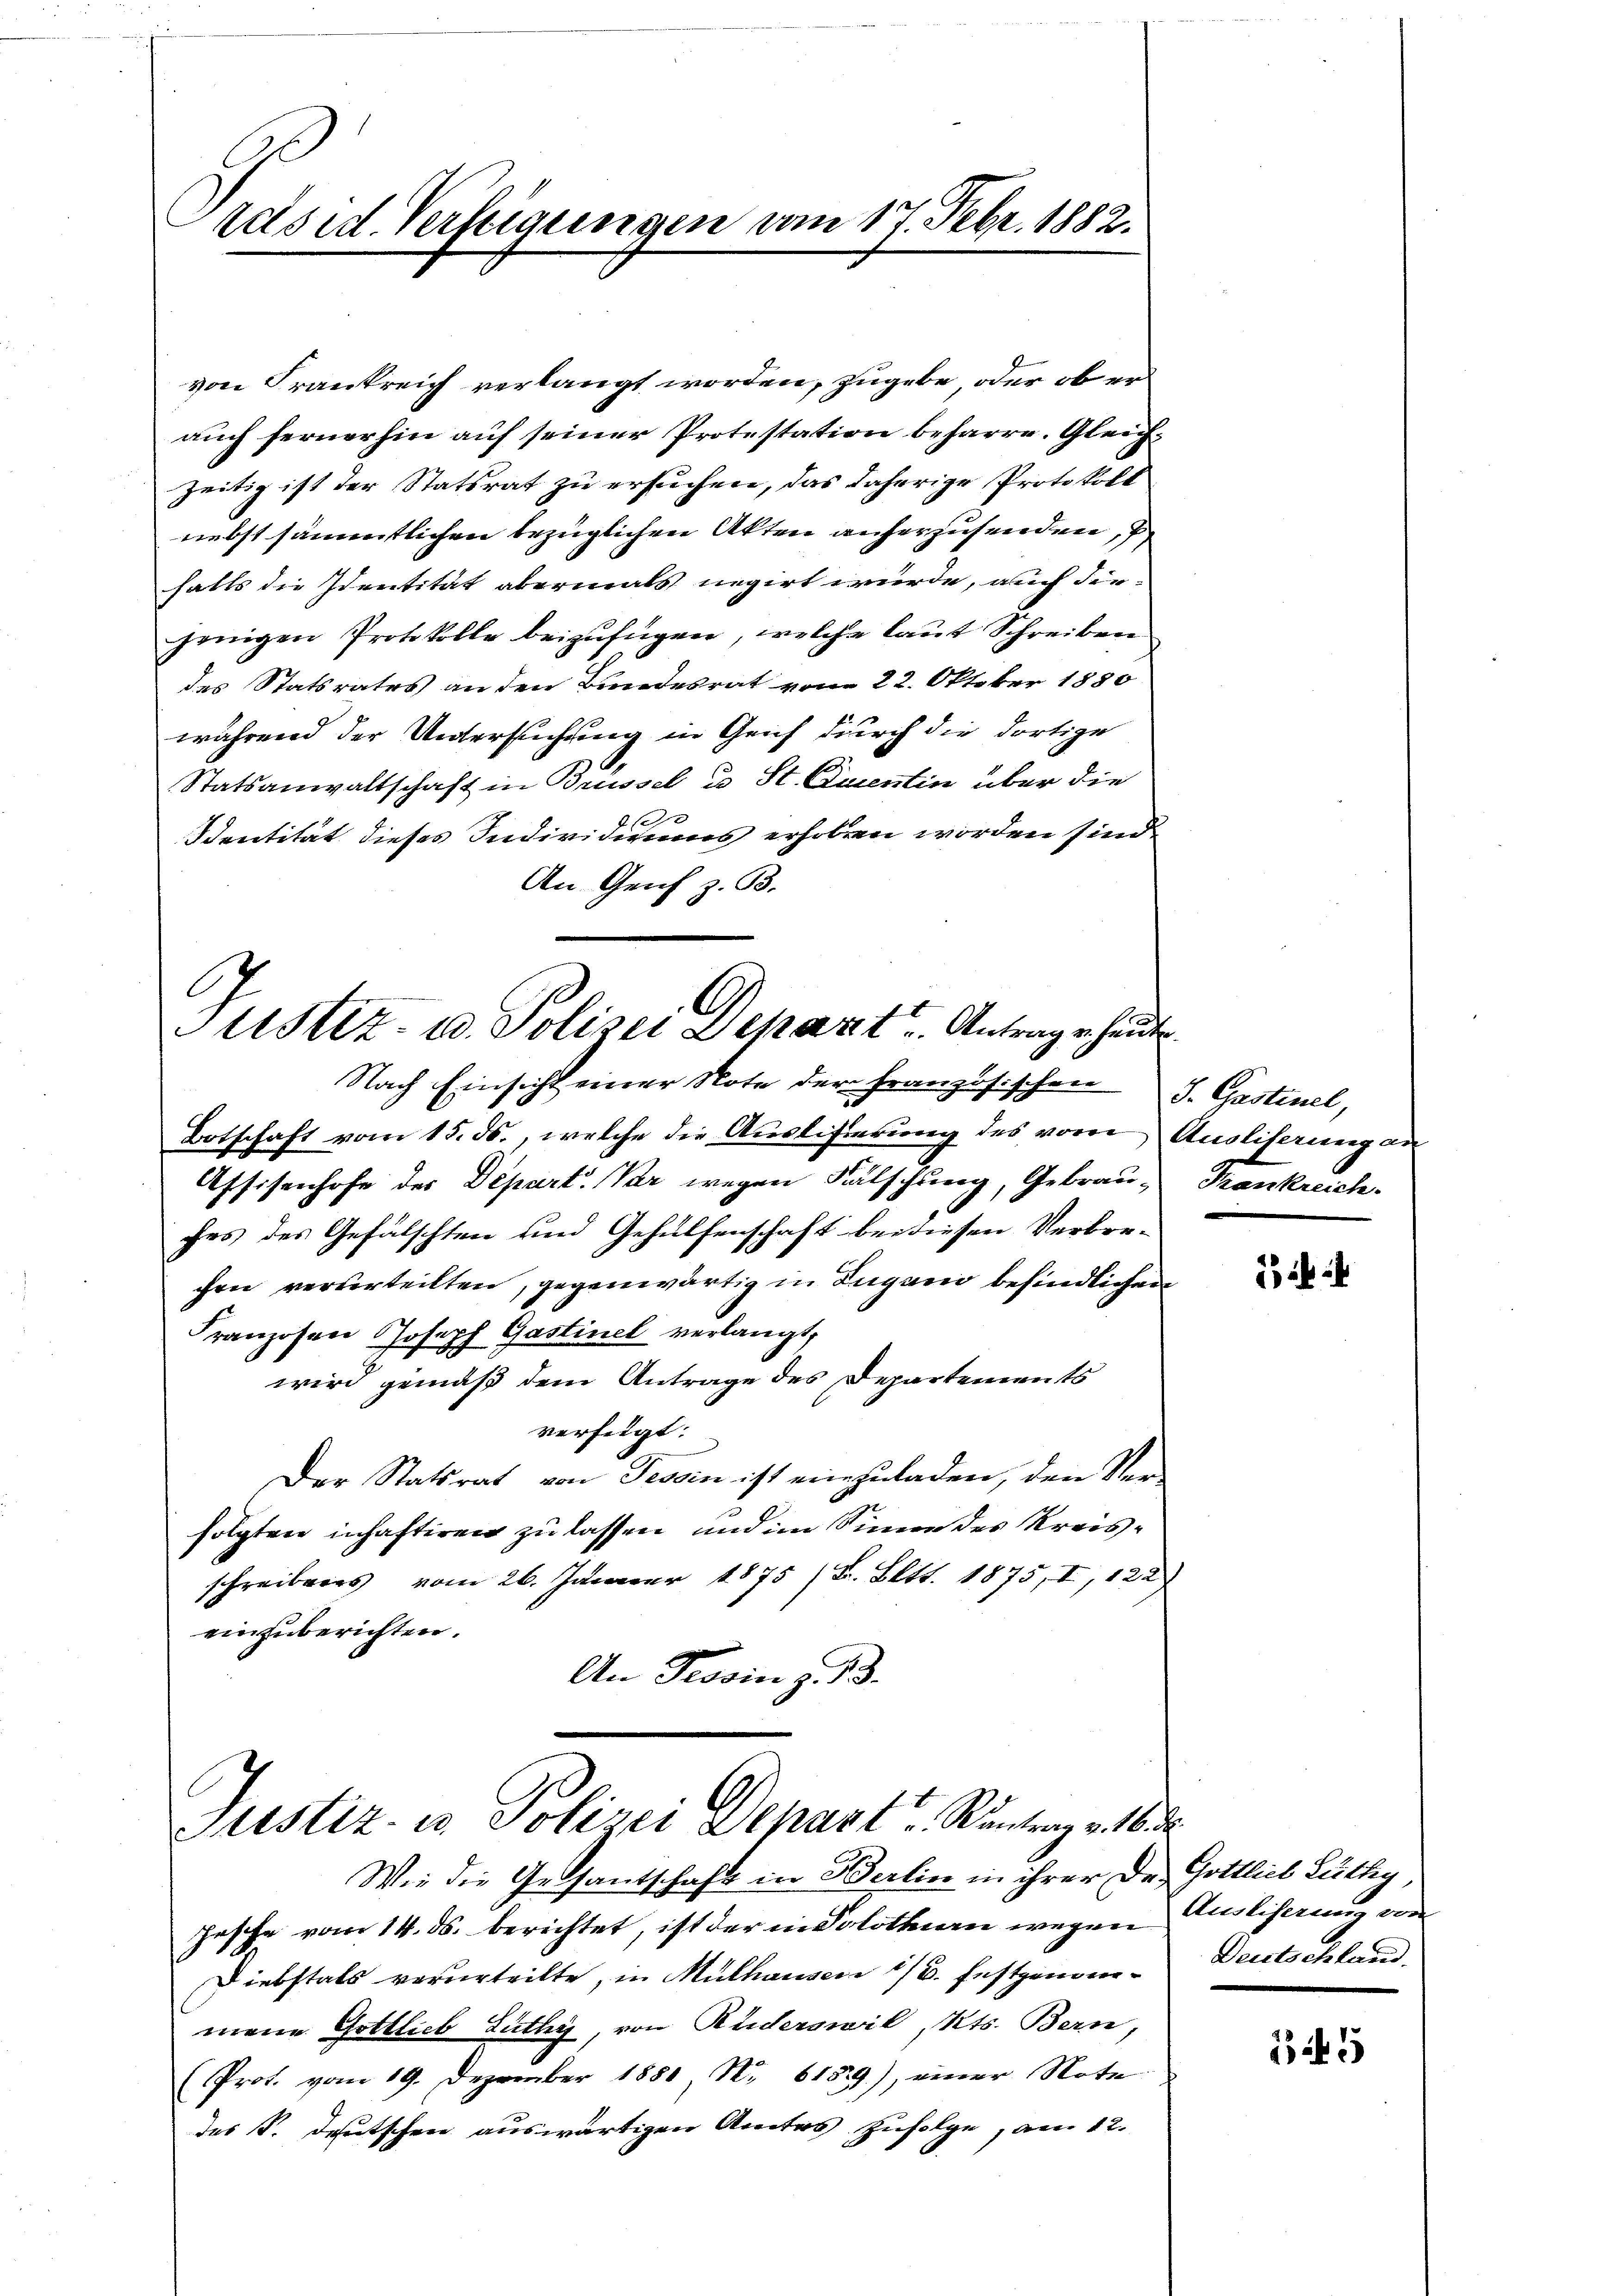
räsid. Verfeigungen am 17. Febr. 1882.

von Frankreich verlangt worden, zugebe, oder ob erauch fernerhin auf seiner Protestation beharre. Gleichzeitig ist der Statsrat zu ersuchen, das daherige Protokoll
nebst sämmtlichen bezüglichen Akten anherzusenden,
hatts die Identität abermals negirt wurde, auch die-
jenigen Protokolle beizufügen, welche laut Schreiben
des Statsrates an den Bundesrat vom 22. Oktober 1880
während der Untersuchung in Genf durch die dortige
Statsanwaltschaft in Brüssel u St. Quentin über die
2 00
Sentität dieses Individiums erhoben worden sind.
An Genf z. B.

Justiz- u. Polizei Depart Antrage hande
Nach Einsicht einer Note der französischen S. Gastinel,

Botschaft vom 15. ds., welche die Auslisierung des vor Ausliterung an
Assesenhofe des Depart. Par wegen Fälschung, Gebrau, Frankreich-
fes des Gefälschten und Gehülfenschaft bei diesen Verbre-
chen verterteilten, gegenwärtig in Lugano befindlichen
Franzosen Joseph Gastinet verlangt,
wird gemäß dem Antrage des Departements
verfügt:
Der Statsrat von Tessin ist einzuladen, den Verfolgten inhaftiren zu lassen und im Sinne des Kreisschreibens vom 26. Januar 1875 /B. Bett. 1875, I, 122
einzuberichten.
An Tessin z. 13.

Justiz- u. Polizei Depart u. Rantrag v. 16. d.
Wie die Gesantschaft in Berlin in ihrer Dr. Gottlich Lüthig

pesche vom 14. ds. berichtet, ist der in Solothurn wegen Angliserung von
Diebstals verurteilte, in Mülhausen 1/3. festgenommene Gottlieb Lüthy, von Ruderswil, Kts. Bern,
(Prof. vom 19. Dezember 1880 Nr. 6159), neuer Note
des S. deutschen auswärtigen Amtes Zufolge, am 12.

if

Deutschland.

145